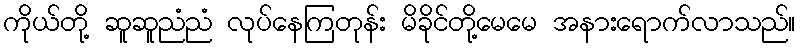
ကိုယ်တို့ ဆူဆူညံညံ လုပ်နေကြတုန်း မိခိုင်တို့မေမေ အနားရောက်လာသည်။